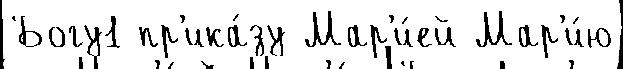
Богу1 пр'ика́зу Мар'и́ей Мар'и́ю